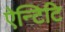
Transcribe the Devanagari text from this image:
ऐन्टिटि